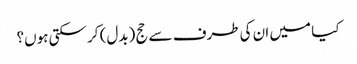
کیا میں ان کی طرف سے حج (بدل) کر سکتی ہوں؟